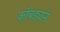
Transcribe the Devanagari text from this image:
कोंबड्याने